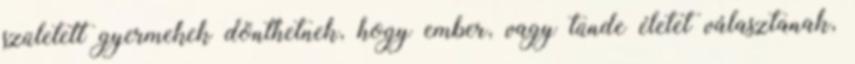
született gyermekek dönthetnek, hogy ember, vagy tünde életet választanak,